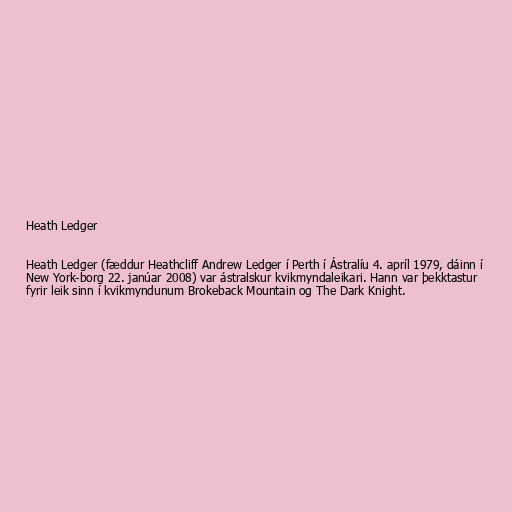
Heath Ledger

Heath Ledger (fæddur Heathcliff Andrew Ledger í Perth í Ástralíu 4. apríl 1979, dáinn í
New York-borg 22. janúar 2008) var ástralskur kvikmyndaleikari. Hann var þekktastur
fyrir leik sinn í kvikmyndunum Brokeback Mountain og The Dark Knight.